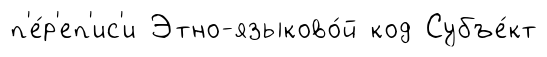
п'е́р'еп'ис'и Этно-языково́й код Субъе́кт